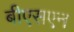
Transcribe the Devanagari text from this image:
बीएसएन